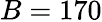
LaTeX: B=170